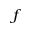
^ f